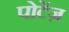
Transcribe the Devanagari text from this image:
पोटेंज़